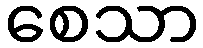
စေသာ